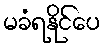
မခံရနိုင်ပေ